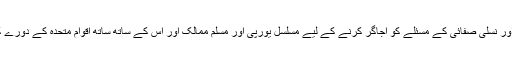
وہ ناانصافی اور نسلی صفائی کے مسئلے کو اجاگر کرنے کے لیے مسلسل یورپی اور مسلم ممالک اور اس کے ساتھ ساتھ اقوام متحدہ کے دورے کرتے رہے ۔